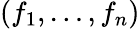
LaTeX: (f_{1},\ldots,f_{n})